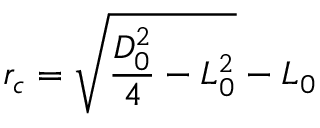
r _ { c } = \sqrt { \frac { D _ { 0 } ^ { 2 } } { 4 } - L _ { 0 } ^ { 2 } } - L _ { 0 }